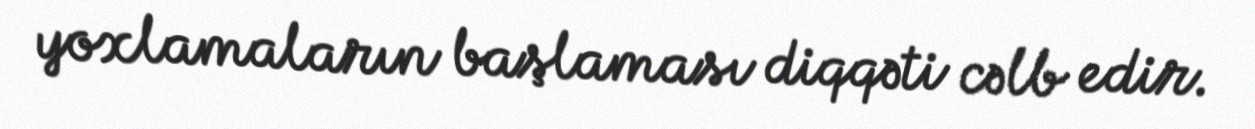
yoxlamaların başlaması diqqəti cəlb edir.